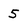
Character: 5